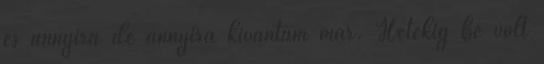
és annyira de annyira kívántam már. Hetekig be volt